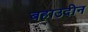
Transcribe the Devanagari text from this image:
बहाउदीन